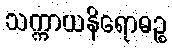
သက္ကာယနိရောဓဉ္စ